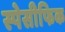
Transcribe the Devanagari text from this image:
स्पेसीफिक